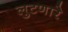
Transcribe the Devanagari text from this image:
लुटणारे